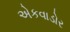
એકવાડોર